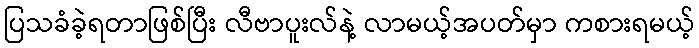
ပြသခံခဲ့ရတာဖြစ်ပြီး လီဗာပူးလ်နဲ့ လာမယ့်အပတ်မှာ ကစားရမယ့်